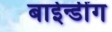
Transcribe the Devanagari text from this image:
बाईन्डींग